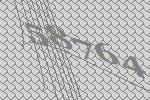
58764